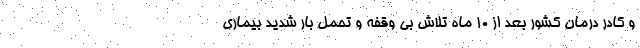
و کادر درمان کشور بعد از ۱۰ ماه تلاش بی وقفه و تحمل بار شدید بیماری